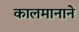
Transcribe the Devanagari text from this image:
कालमानाने